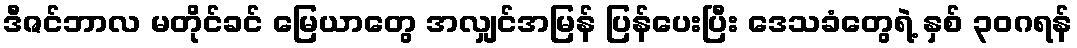
ဒီဇင်ဘာလ မတိုင်ခင် မြေယာတွေ အလျှင်အမြန် ပြန်ပေးပြီး ဒေသခံတွေရဲ့ နှစ် ၃၀ဂရန်